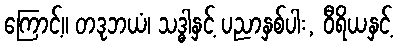
ကြောင့်။ တဒုဘယံ၊ သဒ္ဓါနှင့် ပညာနှစ်ပါး, ဝီရိယနှင့်